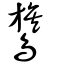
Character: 鷟